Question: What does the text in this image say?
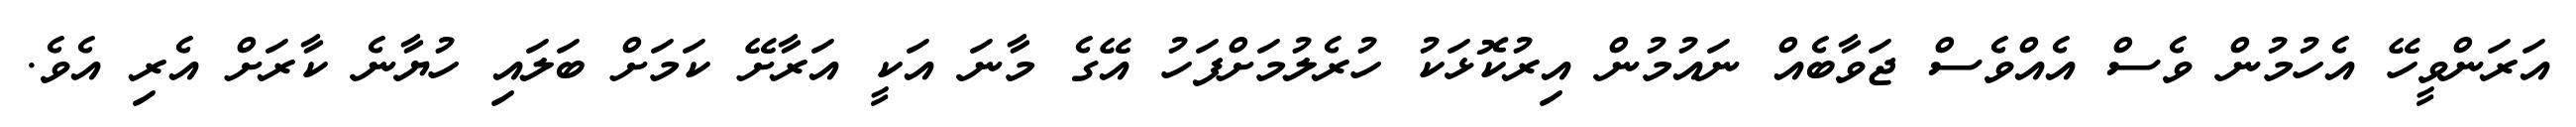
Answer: އަރަންވީހޭ އެހުމުން ވެސް އެއްވެސް ޖަވާބެއް ނައުމުން އިރުކޮޅަކު ހުރެލުމަށްފަހު އޭގެ މާނަ އަކީ އަރާށޭ ކަމަށް ބަލައި ހުޔާނެ ކާރަށް އެރި އެވެ.